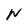
Character: N